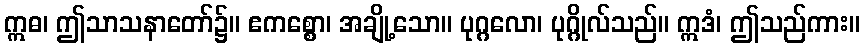
ဣဓ၊ ဤသာသနာတော်၌။ ဧကစ္စော၊ အချို့သော။ ပုဂ္ဂလော၊ ပုဂ္ဂိုလ်သည်။ ဣဒံ၊ ဤသည်ကား။